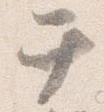
テ